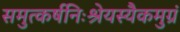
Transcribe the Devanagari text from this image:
समुत्कर्षनिःश्रेयस्यैकमुग्रं